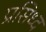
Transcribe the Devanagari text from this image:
प्रसिध्‍द